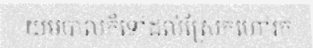
យមបាលក៏ទៅដល់ស្រែកហៅរក